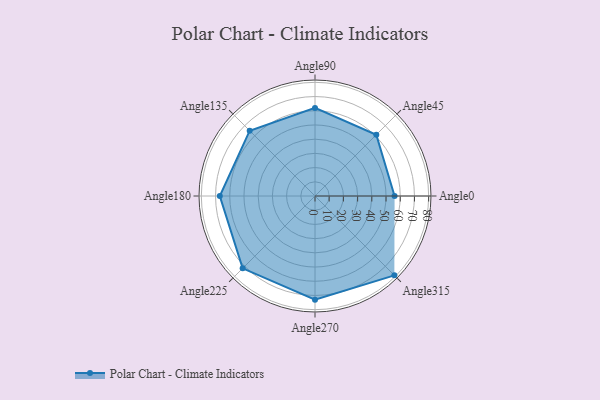
{"axis": {"x": "Angle", "y": "Radius"}, "legend": [""], "data": [{"x": "Angle0", "y": 56.0, "type": ""}, {"x": "Angle45", "y": 61.0, "type": ""}, {"x": "Angle90", "y": 62.0, "type": ""}, {"x": "Angle135", "y": 65.0, "type": ""}, {"x": "Angle180", "y": 67.0, "type": ""}, {"x": "Angle225", "y": 72.0, "type": ""}, {"x": "Angle270", "y": 73.0, "type": ""}, {"x": "Angle315", "y": 79.0, "type": ""}]}